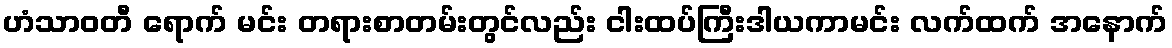
ဟံသာဝတီ ရောက် မင်း တရားစာတမ်းတွင်လည်း ငါးထပ်ကြီးဒါယကာမင်း လက်ထက် အနောက်